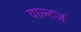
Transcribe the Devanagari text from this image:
वाल्टज